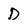
Character: D